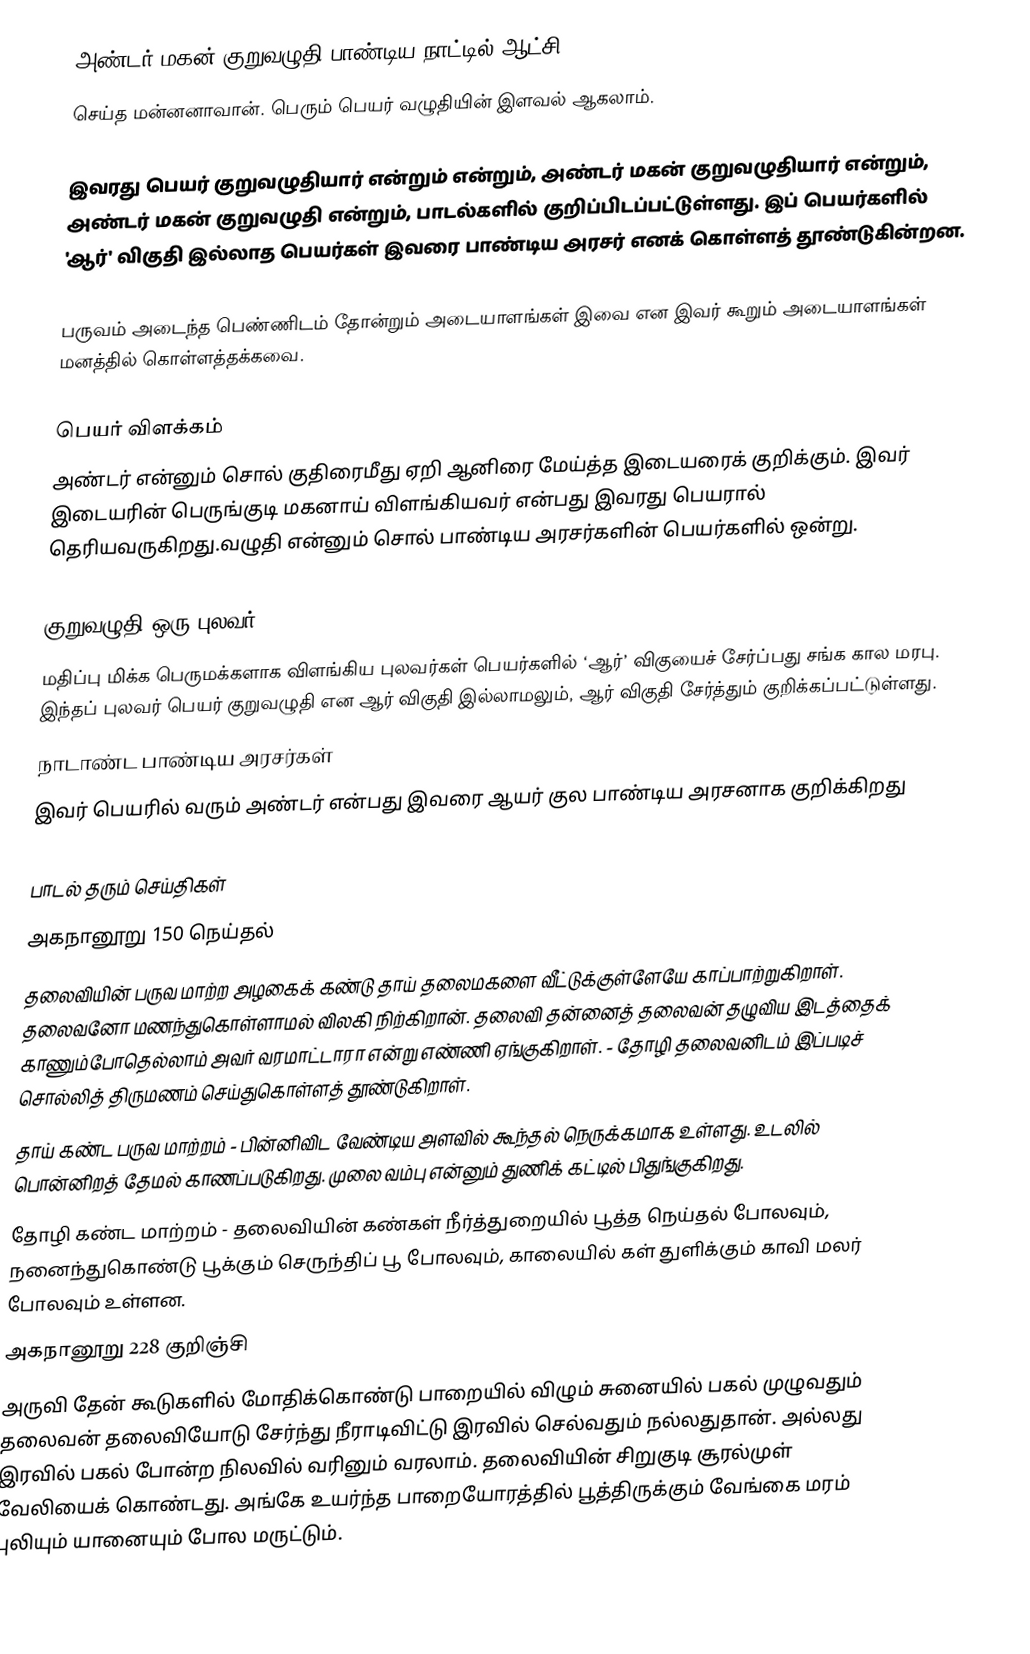
அண்டர் மகன் குறுவழுதி பாண்டிய நாட்டில் ஆட்சி
செய்த மன்னனாவான். பெரும் பெயர் வழுதியின் இளவல்  ஆகலாம்.

இவரது பெயர் குறுவழுதியார் என்றும்  என்றும், அண்டர் மகன் குறுவழுதியார்   என்றும், அண்டர் மகன் குறுவழுதி   என்றும், பாடல்களில் குறிப்பிடப்பட்டுள்ளது. இப் பெயர்களில் 'ஆர்' விகுதி இல்லாத பெயர்கள் இவரை பாண்டிய அரசர் எனக் கொள்ளத் தூண்டுகின்றன.

பருவம் அடைந்த பெண்ணிடம் தோன்றும் அடையாளங்கள் இவை என இவர் கூறும் அடையாளங்கள் மனத்தில் கொள்ளத்தக்கவை.

பெயர் விளக்கம்
 அண்டர் என்னும் சொல் குதிரைமீது ஏறி ஆனிரை மேய்த்த இடையரைக் குறிக்கும். இவர் இடையரின் பெருங்குடி மகனாய் விளங்கியவர் என்பது இவரது பெயரால் தெரியவருகிறது.வழுதி என்னும் சொல் பாண்டிய அரசர்களின் பெயர்களில் ஒன்று.

குறுவழுதி ஒரு புலவர்
 மதிப்பு மிக்க பெருமக்களாக விளங்கிய புலவர்கள்  பெயர்களில் ‘ஆர்’ விகுயைச் சேர்ப்பது சங்க கால மரபு. இந்தப் புலவர் பெயர் குறுவழுதி என ஆர் விகுதி இல்லாமலும், ஆர் விகுதி சேர்த்தும் குறிக்கப்பட்டுள்ளது.
 நாடாண்ட பாண்டிய அரசர்கள்
 இவர் பெயரில் வரும் அண்டர் என்பது இவரை ஆயர் குல பாண்டிய அரசனாக குறிக்கிறது

பாடல் தரும் செய்திகள்
அகநானூறு 150 நெய்தல்
தலைவியின் பருவ மாற்ற அழகைக் கண்டு தாய் தலைமகளை வீட்டுக்குள்ளேயே காப்பாற்றுகிறாள். தலைவனோ மணந்துகொள்ளாமல் விலகி நிற்கிறான். தலைவி தன்னைத் தலைவன் தழுவிய இடத்தைக் காணும்போதெல்லாம் அவர் வரமாட்டாரா என்று எண்ணி ஏங்குகிறாள். - தோழி தலைவனிடம் இப்படிச் சொல்லித் திருமணம் செய்துகொள்ளத் தூண்டுகிறாள்.
தாய் கண்ட பருவ மாற்றம் - பின்னிவிட வேண்டிய அளவில் கூந்தல் நெருக்கமாக உள்ளது. உடலில் பொன்னிறத் தேமல் காணப்படுகிறது. முலை வம்பு என்னும் துணிக் கட்டில் பிதுங்குகிறது.
தோழி கண்ட மாற்றம் - தலைவியின் கண்கள் நீர்த்துறையில் பூத்த நெய்தல் போலவும், நனைந்துகொண்டு பூக்கும் செருந்திப் பூ போலவும், காலையில் கள் துளிக்கும் காவி மலர் போலவும் உள்ளன.
அகநானூறு 228 குறிஞ்சி
அருவி தேன் கூடுகளில் மோதிக்கொண்டு பாறையில் விழும் சுனையில் பகல் முழுவதும் தலைவன் தலைவியோடு சேர்ந்து நீராடிவிட்டு இரவில் செல்வதும் நல்லதுதான். அல்லது இரவில் பகல் போன்ற நிலவில் வரினும் வரலாம். தலைவியின் சிறுகுடி சூரல்முள் வேலியைக் கொண்டது. அங்கே உயர்ந்த பாறையோரத்தில் பூத்திருக்கும் வேங்கை மரம் புலியும் யானையும் போல மருட்டும்.